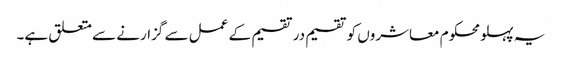
یہ پہلو محکوم معاشروں کو تقسیم در تقسیم کے عمل سے گزارنے سے متعلق ہے۔